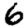
Digit: 6